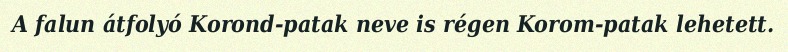
A falun átfolyó Korond-patak neve is régen Korom-patak lehetett.